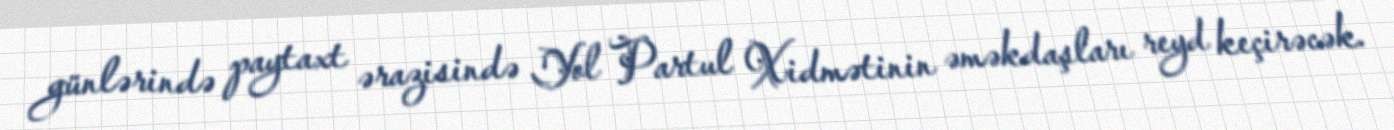
günlərində paytaxt ərazisində Yol Partul Xidmətinin əməkdaşları reyd keçirəcək.